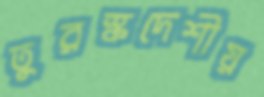
তুরস্কদেশীয়